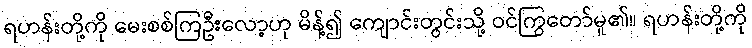
ရဟန်းတို့ကို မေးစစ်ကြဦးလော့ဟု မိန့်၍ ကျောင်းတွင်းသို့ ဝင်ကြွတော်မူ၏။ ရဟန်းတို့ကို